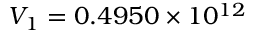
V _ { 1 } = 0 . 4 9 5 0 \times 1 0 ^ { 1 2 }